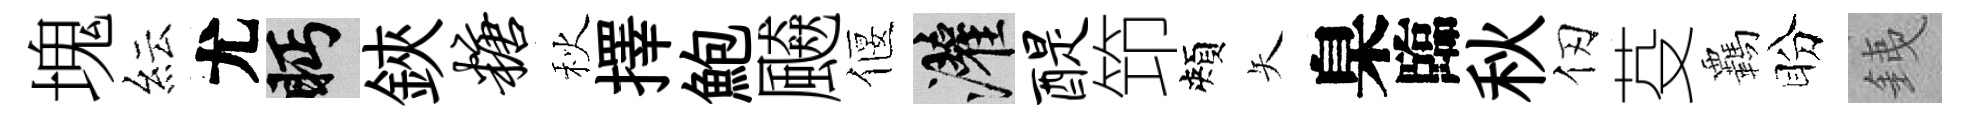
塊紜尤眄鋏糖秋擇鮑飇偃灌醍笻頰矢臬臨秋仞芟覊盼銕